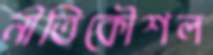
নীতিকৌশল